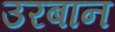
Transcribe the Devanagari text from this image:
उरबान